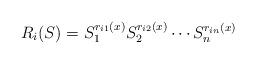
LaTeX: \begin{align*}R_i(S)=S^{r_{i1}(x)}_1 S^{r_{i2}(x)}_2 \cdots S^{r_{in}(x)}_n\end{align*}